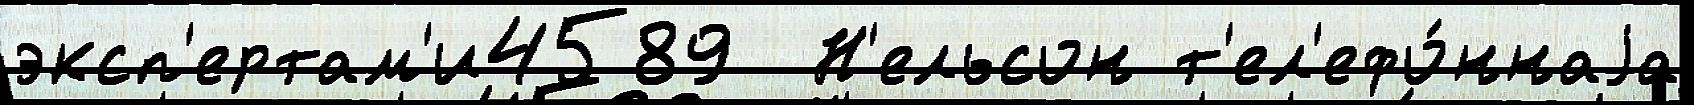
эксп'ертам'и4589  Н'ельсон т'ел'ефо́ннаjа